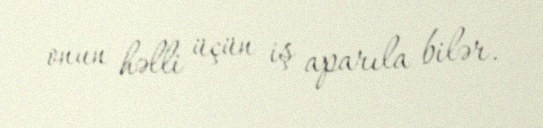
onun həlli üçün iş aparıla bilər.